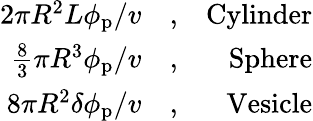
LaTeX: \begin{array}{rlr}{2\pi R^{2}L\phi_{\mathrm{p}}/v}&{{},}&{\mathrm{Cylinder}}\\ {\frac{8}{3}\pi R^{3}\phi_{\mathrm{p}}/v}&{{},}&{\mathrm{Sphere}}\\ {8\pi R^{2}\delta\phi_{\mathrm{p}}/v}&{{},}&{\mathrm{Vesicle}}\end{array}